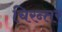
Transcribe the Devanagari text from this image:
चिरन्तर